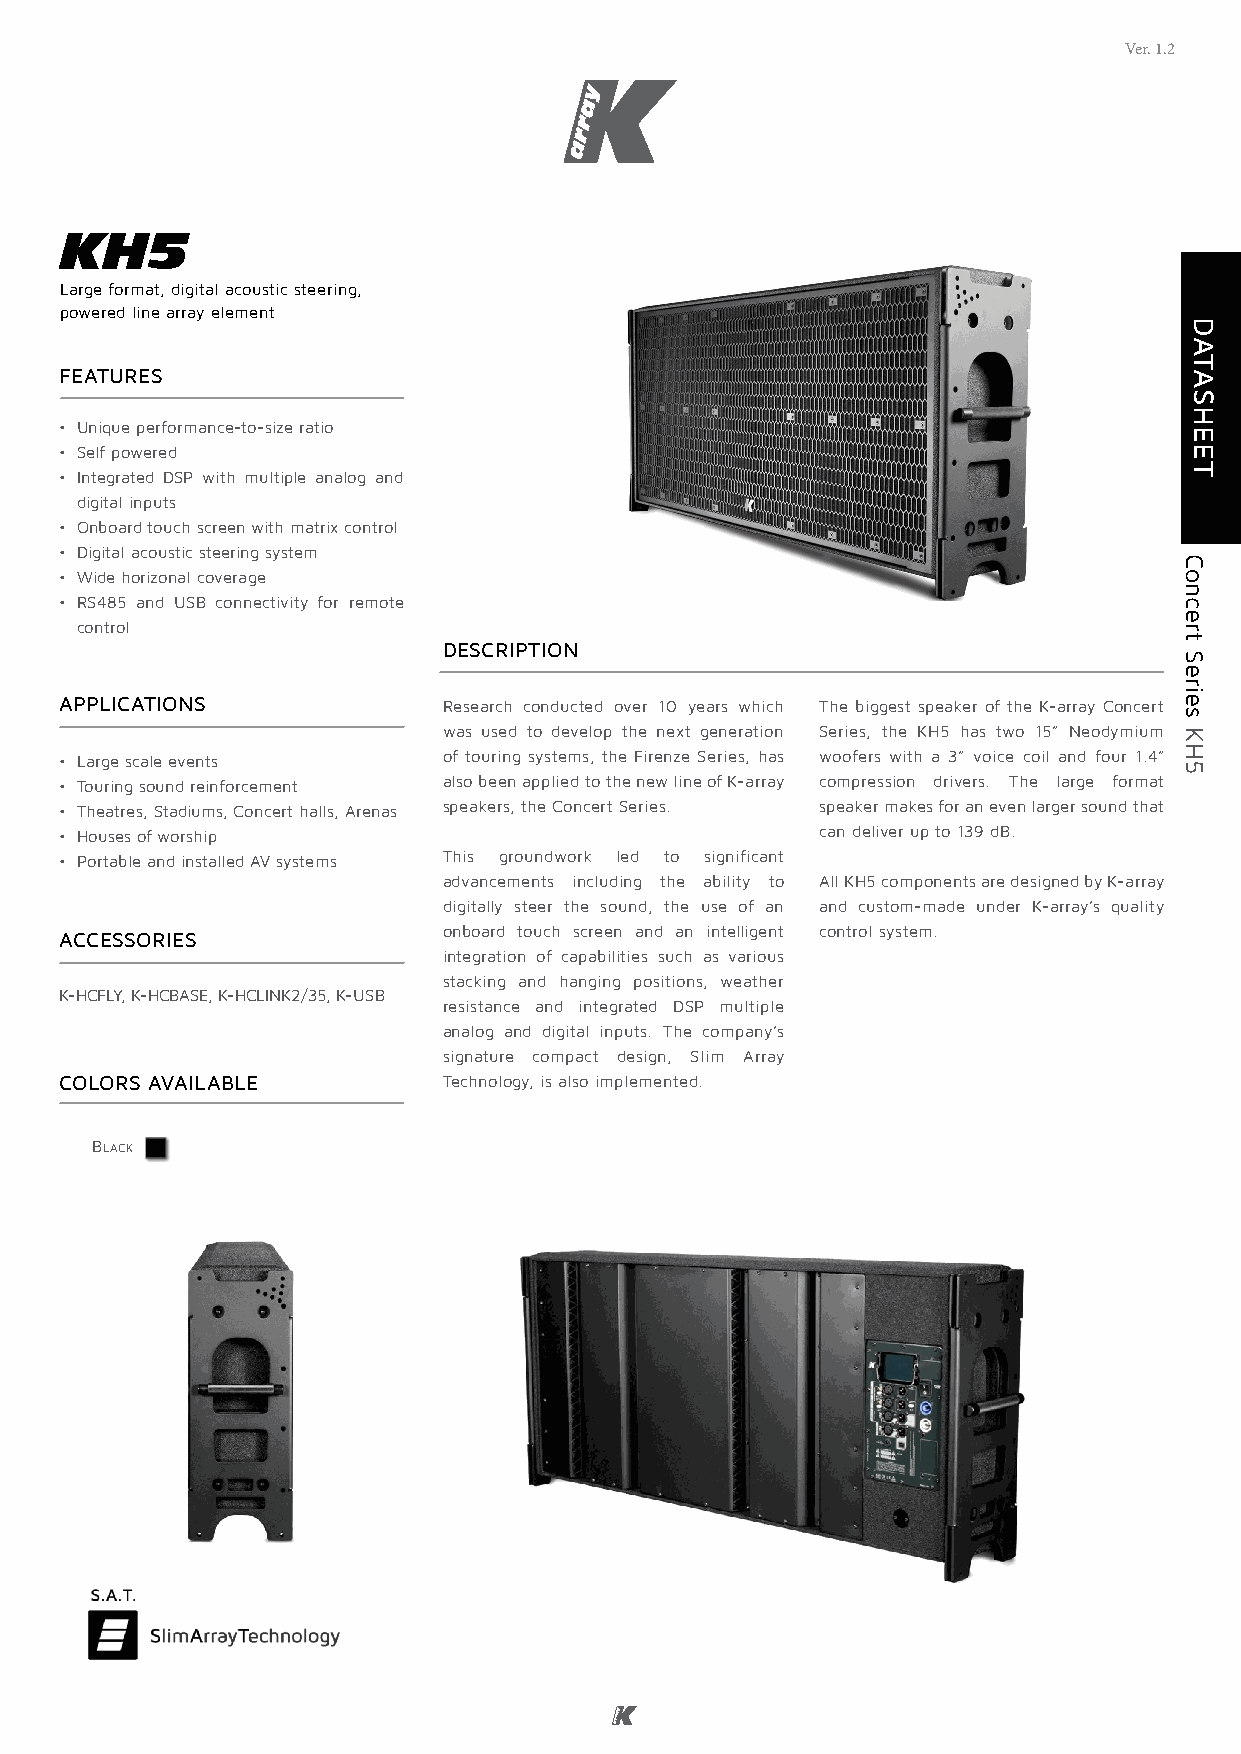
Ver. 1.2
 KH5
 Large format, digital acoustic steering,
 powered line array element
 FeAtures
 • Unique performance-to-size ratio
 • Self powered
 • Integrated DSP with multiple analog and
 digital inputs
 • Onboard touch screen with matrix control
 • Digital acoustic steering system
 • Wide horizonal coverage
 • RS485 and USB connectivity for remote
 control
 Description
 ApplicAtions             Research conducted over 10 years which The biggest speaker of the K-array Concert
 was used to develop the next generation Series, the KH5 has two 15” Neodymium
 • Large scale events     of touring systems, the Firenze Series, has woofers with a 3” voice coil and four 1.4”
 • Touring sound reinforcement also been applied to the new line of K-array compression drivers. The large format
 • Theatres, Stadiums, Concert halls, Arenas speakers, the Concert Series. speaker makes for an even larger sound that
 • Houses of worship                               can deliver up to 139 dB.
 • Portable and installed AV systems This groundwork led to significant
 advancements including the ability to All KH5 components are designed by K-array
 digitally steer the sound, the use of an and custom-made under K-array’s quality
 onboard touch screen and an intelligent control system.
 Accessories
 integration of capabilities such as various
 stacking and hanging positions, weather
 K-HCFLY, K-HCBASE, K-HCLINK2/35, K-USB
 resistance and integrated DSP multiple
 analog and digital inputs. The company’s
 signature compact design, Slim Array
 colors AvAilAble         Technology, is also implemented.
 Black
 iCnosntaclelertd
 Sseoruiensd
 KKHV550
 DAtAsheet